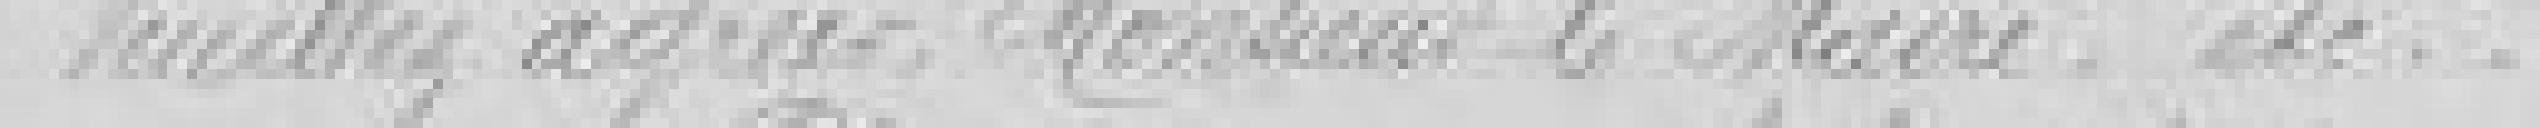
Veuillez agréer, Monsieur le Maire. etc.....